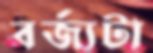
বর্জ্যটা